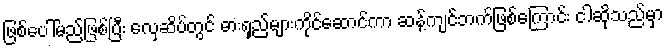
ဖြစ်ပေါ်မည်ဖြစ်ပြီး လှေဆိပ်တွင် ဓားရှည်များကိုင်ဆောင်ကာ ဆန့်ကျင်ဘက်ဖြစ်ကြောင်း ငါဆိုသည်မှာ